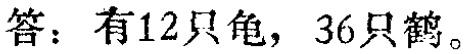
答：有12只龟，36只鹤。